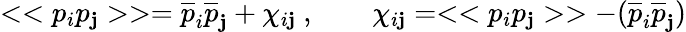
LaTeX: <<p_{i}p_{\mathbf{j}}>>={\overline{{{p}}}}_{i}{\overline{{{p}}}}_{\mathbf{j}}+\chi_{i\mathbf{j}}~,\qquad\chi_{i\mathbf{j}}=<<p_{i}p_{\mathbf{j}}>>-({\overline{{{p}}}}_{i}{\overline{{{p}}}}_{\mathbf{j}})